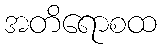
အတိရောစထ